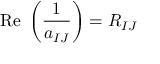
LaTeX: \mathrm { R e } \ \left( { \frac { 1 } { a _ { I J } } } \right) = R _ { I J }